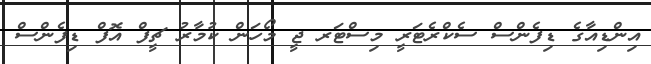
އިންޑިއާގެ ޑިފެންސް ސެކްރެޓަރީ މިސްޓަރ ޖީ މޯހަން ކުމާރު ޗީފް އޮފް ޑިފެންސް